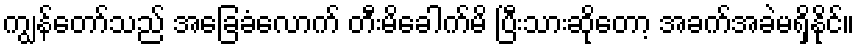
ကျွန်တော်သည် အခြေခံလောက် တီးမိခေါက်မိ ပြီးသားဆိုတော့ အခက်အခဲမရှိနိုင်။